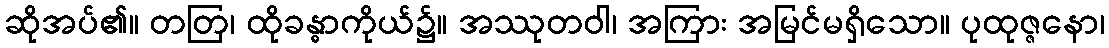
ဆိုအပ်၏။ တတြ၊ ထိုခန္ဓာကိုယ်၌။ အဿုတဝါ၊ အကြား အမြင်မရှိသော။ ပုထုဇ္ဇနော၊